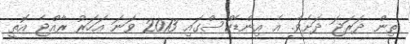
ތިން ދަރަޖަ ދަށެވެ. އެ އިންޑެކްސްގައި 2013 ވަނަ އަހަރު ރާއްޖެ އޮތީ